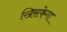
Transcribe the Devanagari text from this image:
खिसकेगा